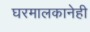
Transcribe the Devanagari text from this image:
घरमालकानेही